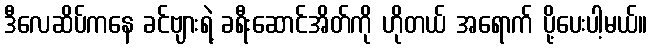
ဒီလေဆိပ်ကနေ ခင်ဗျားရဲ့ ခရီးဆောင်အိတ်ကို ဟိုတယ် အရောက် ပို့ပေးပါ့မယ်။